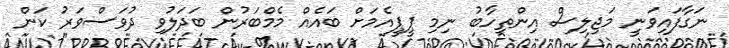
ނަގާފައިވަނީ މަޖިލިސް އިންތިހާބު ނިމި ޕީޕީއެމަށް ބައެއް މެމްބަރުން ބަދަލުވި ދުވަސްވަރު ކަން